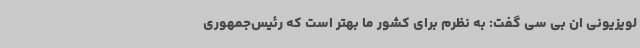
لویزیونی ان بی‌ سی گفت: به نظرم برای کشور ما بهتر است که رئیس‌جمهوری